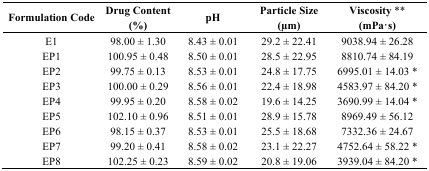
| Formulation Code | Drug Content (%) | pH | Particle Size (μm) | Viscosity ** (mPa·s) |
 | --- | --- | --- | --- | --- |
 | E1 | 98.00 ± 1.30 | 8.43 ± 0.01 | 29.2 ± 22.41 | 9038.94 ± 26.28 |
 | EP1 | 100.95 ± 0.48 | 8.50 ± 0.01 | 28.5 ± 22.95 | 8810.74 ± 84.19 |
 | EP2 | 99.75 ± 0.13 | 8.53 ± 0.01 | 24.8 ± 17.75 | 6995.01 ± 14.03 * |
 | EP3 | 100.00 ± 0.29 | 8.56 ± 0.01 | 22.4 ± 18.98 | 4583.97 ± 84.20 * |
 | EP4 | 99.95 ± 0.20 | 8.58 ± 0.02 | 19.6 ± 14.25 | 3690.99 ± 14.04 * |
 | EP5 | 102.10 ± 0.96 | 8.51 ± 0.01 | 28.9 ± 15.78 | 8969.49 ± 56.12 |
 | EP6 | 98.15 ± 0.37 | 8.53 ± 0.01 | 25.5 ± 18.68 | 7332.36 ± 24.67 |
 | EP7 | 99.20 ± 0.41 | 8.58 ± 0.02 | 23.1 ± 22.27 | 4752.64 ± 58.22 * |
 | EP8 | 102.25 ± 0.23 | 8.59 ± 0.02 | 20.8 ± 19.06 | 3939.04 ± 84.20 * |